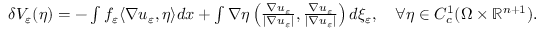
\begin{array} { r } { \delta V _ { \varepsilon } ( \eta ) = - \int f _ { \varepsilon } \langle \nabla u _ { \varepsilon } , \eta \rangle d x + \int \nabla \eta \left( \frac { \nabla u _ { \varepsilon } } { | \nabla u _ { \varepsilon } | } , \frac { \nabla u _ { \varepsilon } } { | \nabla u _ { \varepsilon } | } \right) d \xi _ { \varepsilon } , \quad \forall \eta \in C _ { c } ^ { 1 } ( \Omega \times \mathbb R ^ { n + 1 } ) . } \end{array}